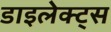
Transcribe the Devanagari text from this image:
डाइलेक्ट्स